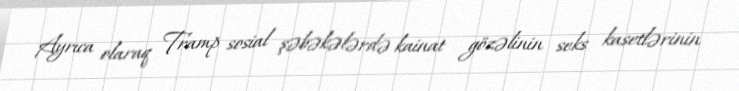
Ayrıca olaraq Tramp sosial şəbəkələrdə kainat gözəlinin seks kasetlərinin